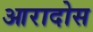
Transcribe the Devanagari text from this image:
आरादोस